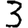
Digit: 3